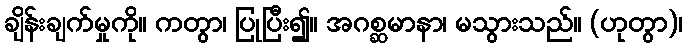
ချိန်းချက်မှုကို။ ကတွာ၊ ပြုပြီး၍။ အဂစ္ဆမာနာ၊ မသွားသည်။ (ဟုတွာ)၊